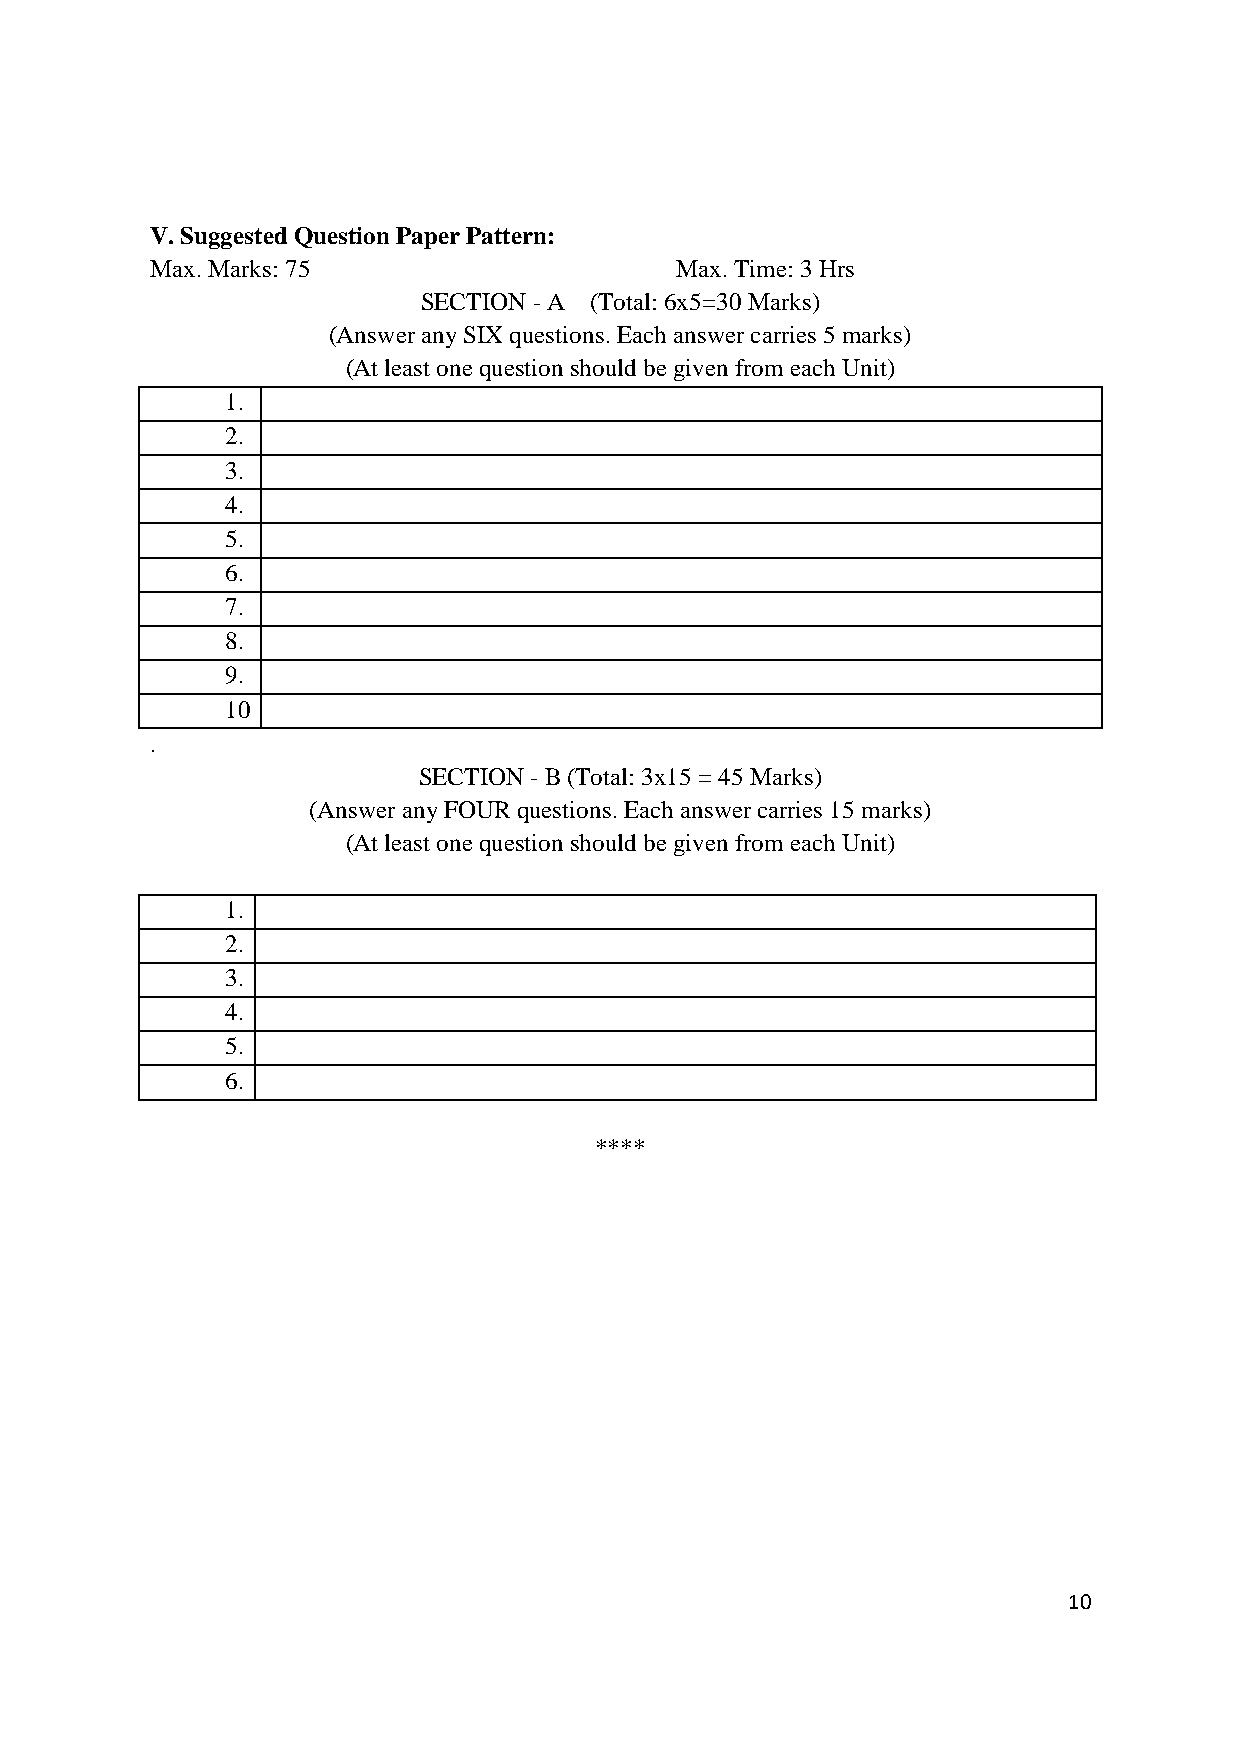
V. Suggested Question Paper Pattern:
 Max. Marks: 75                     Max. Time: 3 Hrs
 SECTION - A (Total: 6x5=30 Marks)
 (Answer any SIX questions. Each answer carries 5 marks)
 (At least one question should be given from each Unit)
 1.
 2.
 3.
 4.
 5.
 6.
 7.
 8.
 9.
 10
 .
 SECTION - B (Total: 3x15 = 45 Marks)
 (Answer any FOUR questions. Each answer carries 15 marks)
 (At least one question should be given from each Unit)
 1.
 2.
 3.
 4.
 5.
 6.
 ****
 10